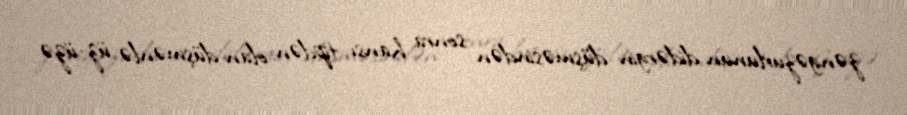
zəngəzurlunun didərgin düşməsindən sonra hansı tipdən olan düşmənlə üz-üzə